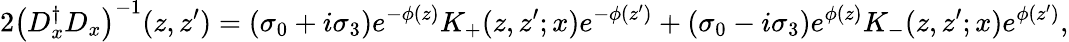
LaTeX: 2\left(D_{x}^{\dagger}D_{x}\right)^{-1}(z,z^{\prime})=(\sigma_{0}+i\sigma_{3})e^{-\phi(z)}K_{+}(z,z^{\prime};x)e^{-\phi(z^{\prime})}+(\sigma_{0}-i\sigma_{3})e^{\phi(z)}K_{-}(z,z^{\prime};x)e^{\phi(z^{\prime})},